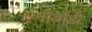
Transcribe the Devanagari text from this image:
एनीबॉडी